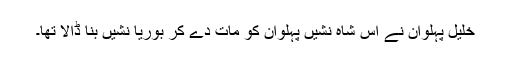
خلیل پہلوان نے اس شاہ نشیں پہلوان کو مات دے کر بوریا نشیں بنا ڈالا تھا۔